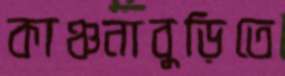
কাঞ্চনাবুড়িতে